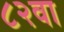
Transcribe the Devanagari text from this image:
८२वा